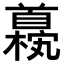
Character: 𫗹